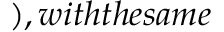
) , w i t h t h e s a m e